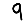
Digit: 9